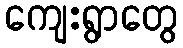
ကျေးရွာတွေ